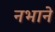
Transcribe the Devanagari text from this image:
नभाने